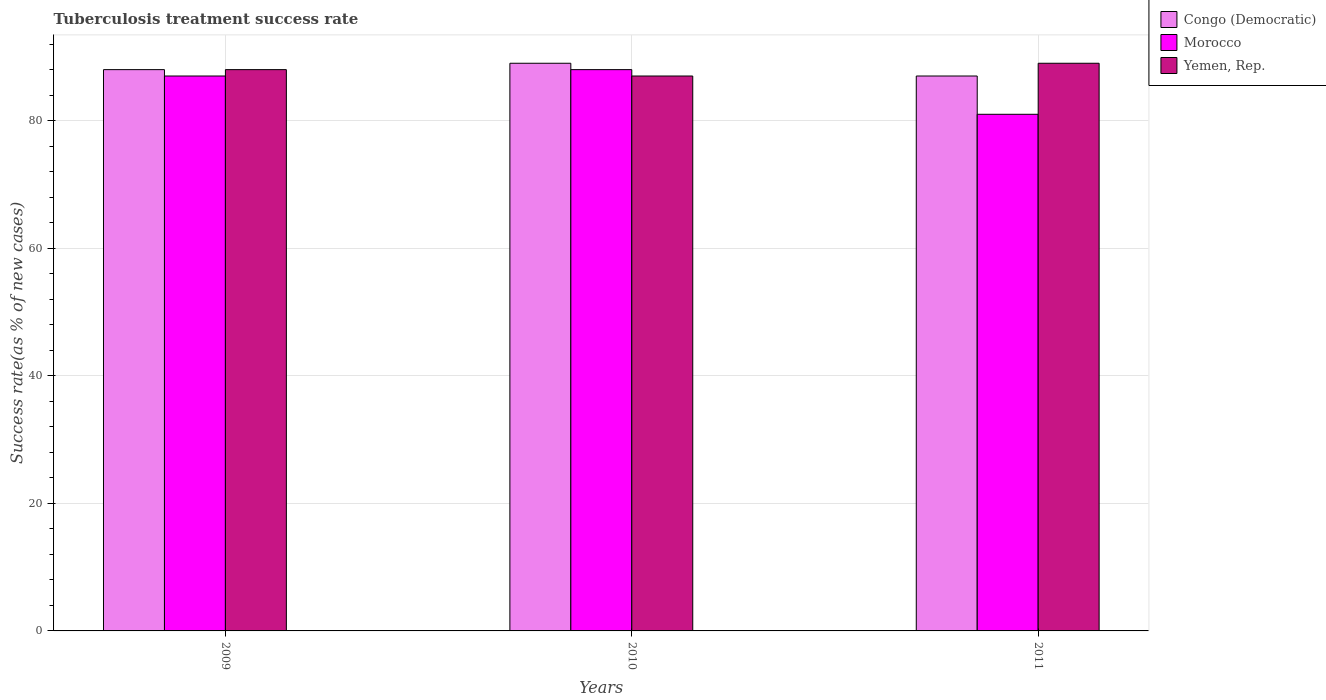
| Years | Congo (Democratic) | Morocco | Yemen, Rep. |
 | --- | --- | --- | --- |
 | 2009 | 88 | 87 | 88 |
 | 2010 | 89 | 88 | 87 |
 | 2011 | 87 | 81 | 89 |